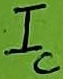
Text: IC